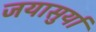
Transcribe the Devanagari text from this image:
जयासुर्या